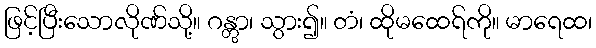
ဖြင့်ပြီးသောလိုဏ်သို့။ ဂန္တွာ၊ သွား၍။ တံ၊ ထိုမထေရ်ကို။ မာရေထ၊